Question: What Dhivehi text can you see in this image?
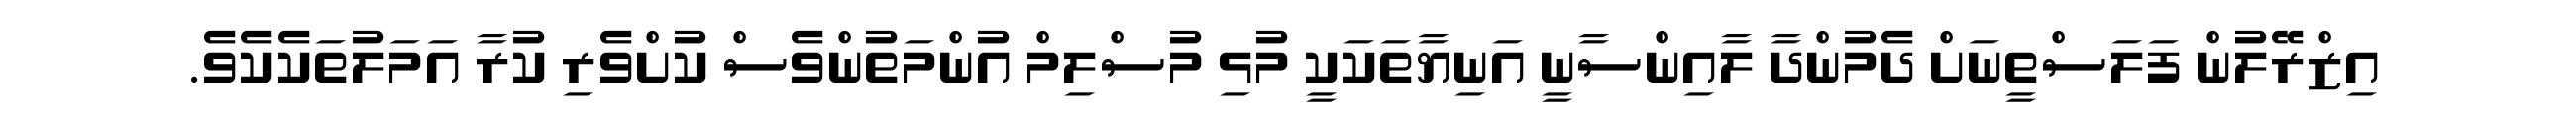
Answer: އިޒްރޭލުން ފަލަސްތީނަށް ދެމުންދާ ލާއިންސާނީ އަނިޔާތަކަކީ މުޅި މުސްލިމް އުންމަތުންވެސް ކުށްވެރި ކުރާ އަމަލުތަކެކެވެ.